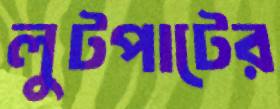
লুটপাটের